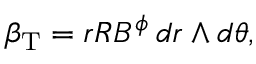
\beta _ { \mathrm { T } } = r R B ^ { \phi } \, d r \wedge d \theta ,